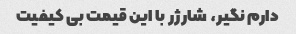
دارم نگیر، شارژر با این قیمت بی کیفیت